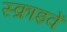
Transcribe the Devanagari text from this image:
स्क्राइवें